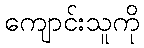
ကျောင်းသူကို